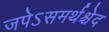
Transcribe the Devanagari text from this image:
जपेऽसमर्थश्चेद